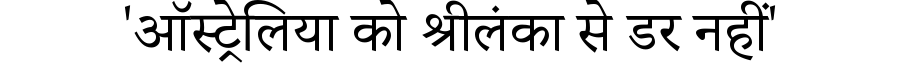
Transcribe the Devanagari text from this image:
'ऑस्ट्रेलिया को श्रीलंका से डर नहीं'